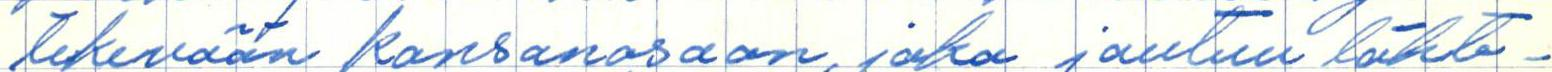
tekevään kansanosaan, joka joutuu lähte-